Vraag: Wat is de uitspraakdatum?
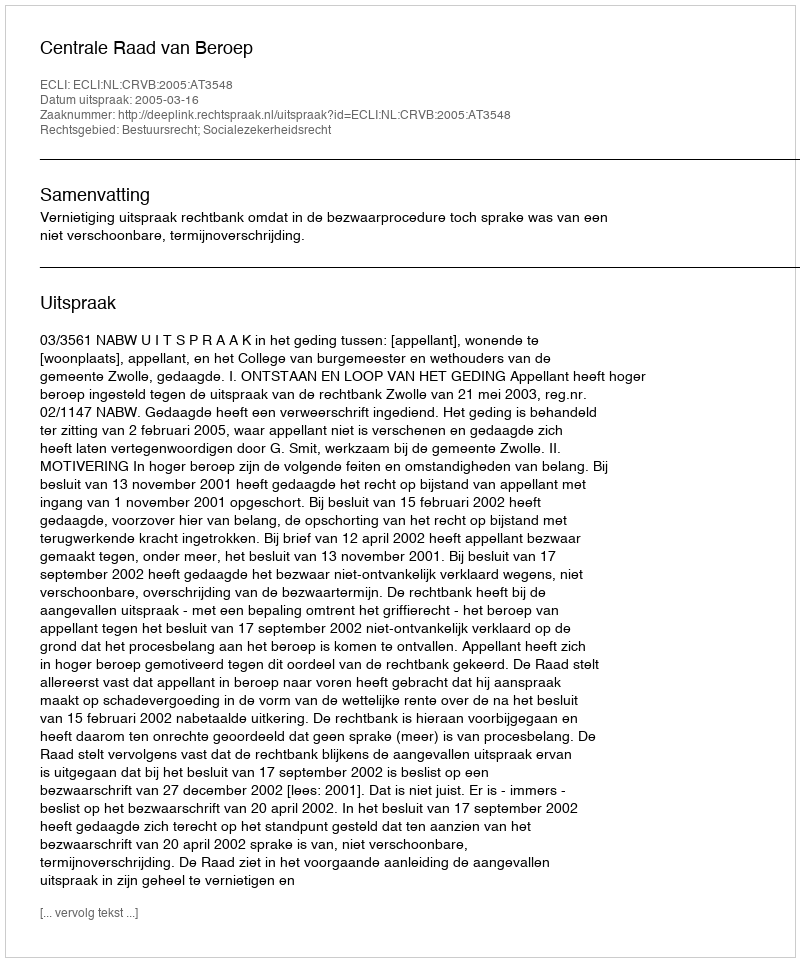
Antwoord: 2005-03-16